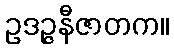
ဥဒဉ္ဇနီဇာတက။